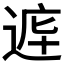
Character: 𲅞